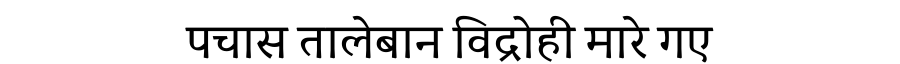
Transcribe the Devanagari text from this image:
पचास तालेबान विद्रोही मारे गए